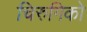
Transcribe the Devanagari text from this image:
चिरुगिको